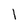
Character: 1